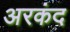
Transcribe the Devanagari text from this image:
अरकंद